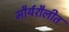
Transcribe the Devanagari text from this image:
मौर्यशैलीत